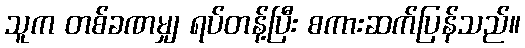
သူက တစ်ခဏမျှ ရပ်တန့်ပြီး စကားဆက်ပြန်သည်။